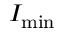
I _ { \mathrm { m i n } }